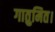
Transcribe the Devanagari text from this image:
गातुमित।